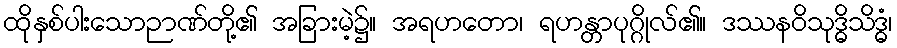
ထိုနှစ်ပါးသောဉာဏ်တို့၏ အခြားမဲ့၌။ အရဟတော၊ ရဟန္တာပုဂ္ဂိုလ်၏။ ဒဿနဝိသုဒ္ဓိသိဒ္ဓံ၊